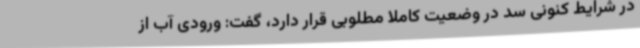
در شرایط کنونی سد در وضعیت کاملا مطلوبی قرار دارد، گفت: ورودی آب از